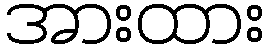
အားထား